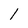
Character: I